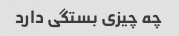
چه چیزی بستگی دارد